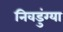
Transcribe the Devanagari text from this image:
निवडुंग्या